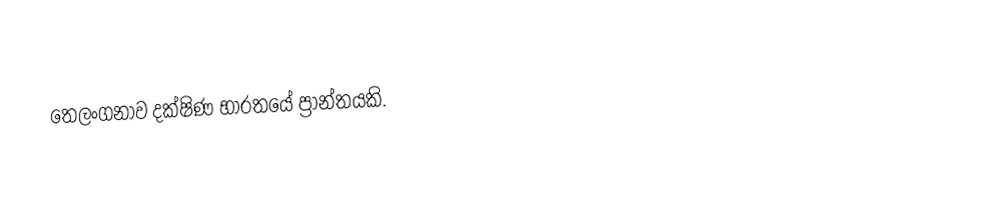
තෙලංගනාව දක්ෂිණ භාරතයේ ප්‍රාන්තයකි.